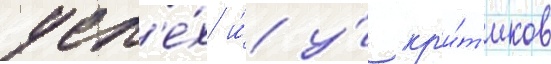
усп'е́х и́ у́ кр'и́т'иков